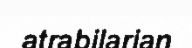
atrabilarian